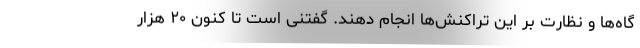
گاه‌ها و نظارت بر این تراکنش‌ها انجام دهند. گفتنی است تا کنون ۲۰ هزار